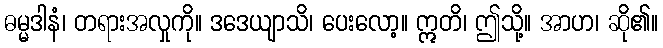
ဓမ္မဒါနံ၊ တရားအလှုကို။ ဒဒေယျာသိ၊ ပေးလော့။ ဣတိ၊ ဤသို့။ အာဟ၊ ဆို၏။